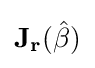
\mathbf {J} _{\mathbf {r} }({\hat {\beta }})